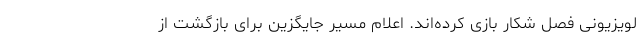
لویزیونی فصل شکار بازی کرده‌اند. اعلام مسیر جایگزین برای بازگشت از